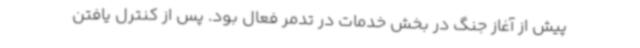
پیش از آغاز جنگ در بخش خدمات در تدمر فعال بود. پس از کنترل یافتن